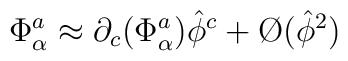
\Phi_\alpha^a \approx \partial_c(\Phi^a_\alpha)\hat\phi^c + \O (\hat\phi^2)